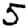
Digit: 5